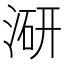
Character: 𭱍